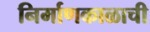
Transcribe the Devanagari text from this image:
निर्माणकाळाची